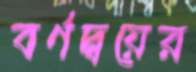
বর্ণদ্বয়ের